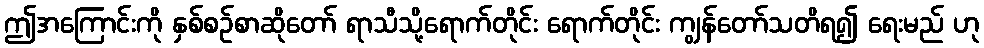
ဤအကြောင်းကို နှစ်စဉ်စာဆိုတော် ရာသီသို့ရောက်တိုင်း ရောက်တိုင်း ကျွန်တော်သတိရ၍ ရေးမည် ဟု